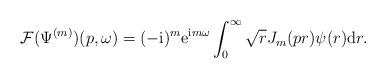
LaTeX: \begin{align*} \mathcal F(\Psi^{(m)})(p, \omega)= (-\mathrm i)^m\mathrm e^{\mathrm im\omega}\int_0^\infty \sqrt{r}J_m(pr)\psi(r)\mathrm dr.\end{align*}